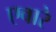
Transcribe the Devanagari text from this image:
एवारे